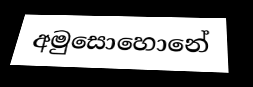
අමුසොහොනේ